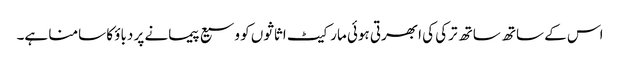
اس کے ساتھ ساتھ ترکی کی ابھرتی ہوئی مارکیٹ اثاثوں کو وسیع پیمانے پر دباؤ کا سامنا ہے۔